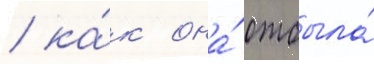
/ ка́к она́ отбыла́